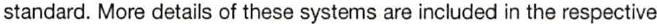
standard. More details of these systems are included in the respective